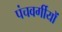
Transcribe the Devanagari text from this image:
पंचवर्गीयों